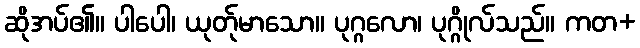
ဆိုအပ်၏။ ပါပေါ၊ ယုတ်ုမာသော။ ပုဂ္ဂလော၊ ပုဂ္ဂိုလ်သည်။ ကတ+